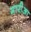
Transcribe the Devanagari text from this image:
मारीआ